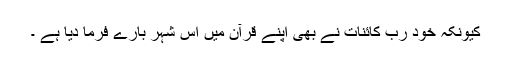
کیونکہ خود رب کائنات نے بھی اپنے قرآن میں اس شہر بارے فرما دیا ہے ۔